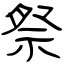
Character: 祭